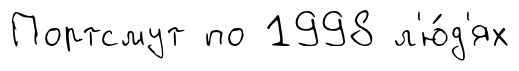
Портсмут по 1998 л'ю́д'ях